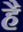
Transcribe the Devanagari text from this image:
है॓